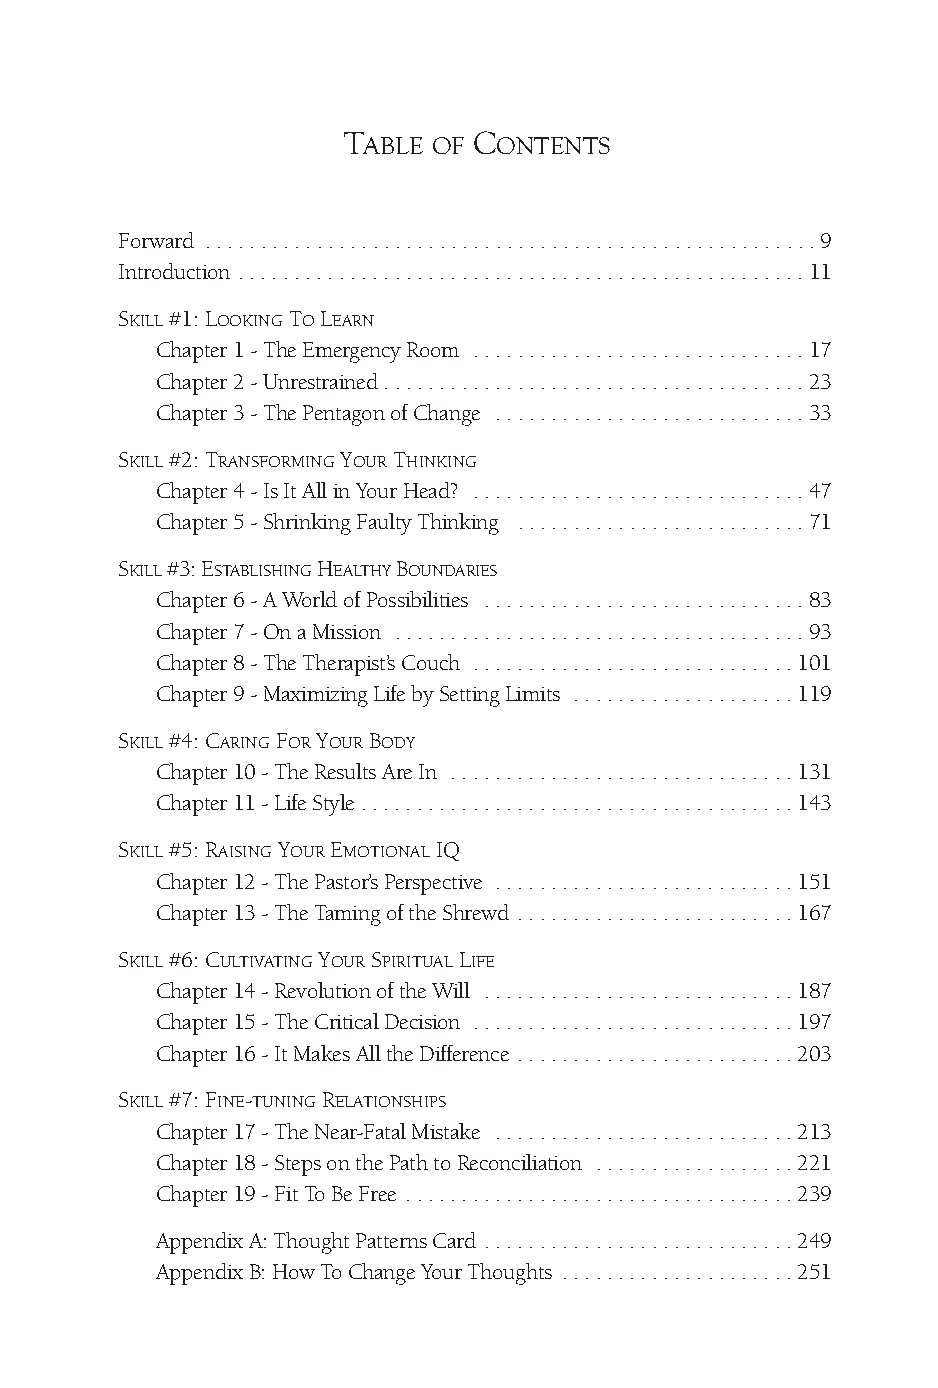
TABLE OF CONTENTS
 Forward .......................................................9
 Introduction ...................................................11
 SKILL#1:LOOKINGTOLEARN
 Chapter1-TheEmergencyRoom ..............................17
 Chapter2-Unrestrained......................................23
 Chapter3-ThePentagonofChange ............................33
 SKILL#2:TRANSFORMINGYOURTHINKING
 Chapter4-IsItAllinYourHead? ..............................47
 Chapter5-ShrinkingFaultyThinking ..........................71
 SKILL#3:ESTABLISHINGHEALTHYBOUNDARIES
 Chapter6-AWorldofPossibilities .............................83
 Chapter7-OnaMission .....................................93
 Chapter8-TheTherapist’sCouch .............................101
 Chapter9-MaximizingLifebySettingLimits ....................119
 SKILL#4:CARINGFORYOURBODY
 Chapter10-TheResultsAreIn ...............................131
 Chapter11-LifeStyle.......................................143
 SKILL#5:RAISINGYOUREMOTIONALIQ
 Chapter12-ThePastor’sPerspective ...........................151
 Chapter13-TheTamingoftheShrewd .........................167
 SKILL#6:CULTIVATINGYOURSPIRITUALLIFE
 Chapter14-RevolutionoftheWill ............................187
 Chapter15-TheCriticalDecision .............................197
 Chapter16-ItMakesAlltheDifference .........................203
 SKILL#7:FINE-TUNINGRELATIONSHIPS
 Chapter17-TheNear-FatalMistake ...........................213
 Chapter18-StepsonthePathtoReconciliation ..................221
 Chapter19-FitToBeFree ...................................239
 AppendixA:ThoughtPatternsCard ............................249
 AppendixB:HowToChangeYourThoughts .....................251